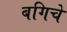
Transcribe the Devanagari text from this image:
बगिचे